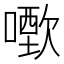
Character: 𠿣